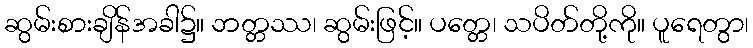
ဆွမ်းစားချိန်အခါ၌။ ဘတ္တဿ၊ ဆွမ်းဖြင့်။ ပတ္တေ၊ သပိတ်တို့ကို။ ပူရေတွာ၊